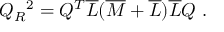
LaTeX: Q _ { R } { } ^ { 2 } = Q ^ { T } \overline { { { L } } } ( \overline { { { M } } } + \overline { { { L } } } ) \overline { { { L } } } Q \ .